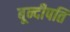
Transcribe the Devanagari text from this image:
बून्दीपति